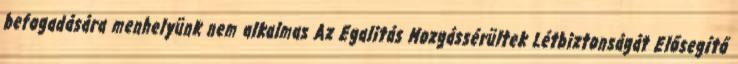
befogadására menhelyünk nem alkalmas Az Egalitás Mozgássérültek Létbiztonságát Elősegítő